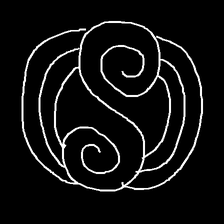
Glyph: wind-underfoot